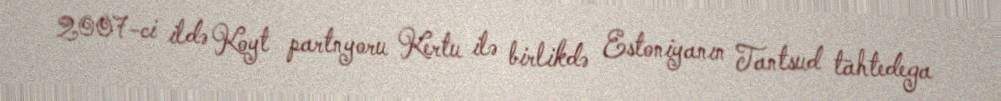
2007-ci ildə Koyt partnyoru Kertu ilə birlikdə Estoniyanın Tantsud tähtedega